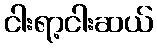
ငါးရာ့ငါးဆယ်